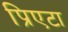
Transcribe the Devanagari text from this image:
प्रिएटा